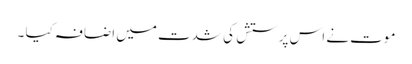
موت نے اس پرستش کی شدت میں اضافہ کیا ۔